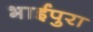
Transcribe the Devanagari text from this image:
भाईपुरा